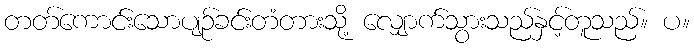
တတ်ကောင်းသောပျဉ်ခင်းတံတားသို့ လျှောက်သွားသည်နှင့်တူသည်။ ပ။